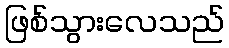
ဖြစ်သွားလေသည်